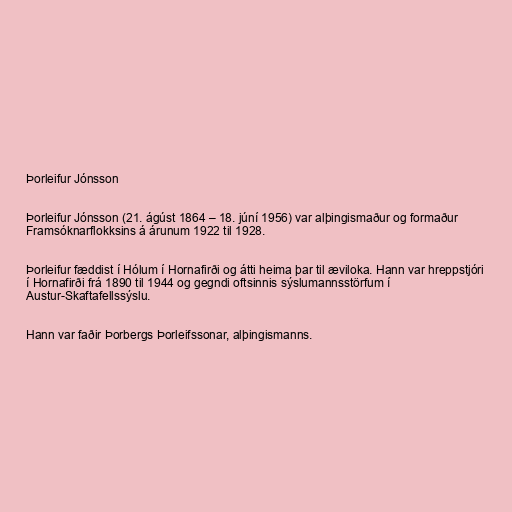
Þorleifur Jónsson

Þorleifur Jónsson (21. ágúst 1864 – 18. júní 1956) var alþingismaður og formaður
Framsóknarflokksins á árunum 1922 til 1928.

Þorleifur fæddist í Hólum í Hornafirði og átti heima þar til æviloka. Hann var hreppstjóri
í Hornafirði frá 1890 til 1944 og gegndi oftsinnis sýslumannsstörfum í
Austur-Skaftafellssýslu.

Hann var faðir Þorbergs Þorleifssonar, alþingismanns.